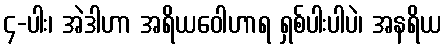
၄-ပါး၊ အဲဒါဟာ အရိယဝေါဟာရ ရှစ်ပါးပါပဲ၊ အနရိယ